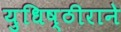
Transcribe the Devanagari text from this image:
युधिष्ठीराने